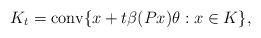
LaTeX: \begin{align*} K_t = \mathop{\rm conv}\{ x+ t\beta(Px)\theta : x\in K\}, \end{align*}